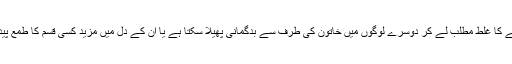
جس کسی کے دل میں بھی مرض، روگ یا طمع ہوتا ہے کسی کے میٹھے لہجے کا غلط مطلب لے کر دوسرے لوگوں میں خاتون کی طرف سے بدگمانی پھیلا سکتا ہے یا اُن کے دل میں مزید کسی قسم کا طمع پیدا ہو سکتا ہے اور وہ خاتون کو متاثر کرنے کے لیے الٹی سیدھی حرکتیں کرے۔